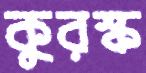
কুরস্ক